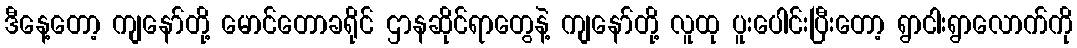
ဒီနေ့တော့ ကျနော်တို့ မောင်တောခရိုင် ဌာနဆိုင်ရာတွေနဲ့ ကျနော်တို့ လူထု ပူးပေါင်းပြီးတော့ ရွာငါးရွာလောက်ကို